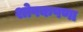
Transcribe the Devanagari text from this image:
शोषकपणा